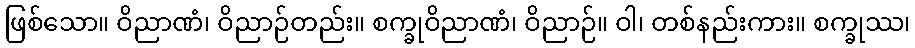
ဖြစ်သော။ ဝိညာဏံ၊ ဝိညာဉ်တည်း။ စက္ခုဝိညာဏံ၊ ဝိညာဉ်။ ဝါ၊ တစ်နည်းကား။ စက္ခုဿ၊